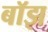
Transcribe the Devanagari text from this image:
बॉझ